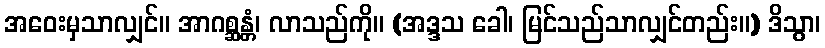
အဝေးမှသာလျှင်။ အာဂစ္ဆန္တံ၊ လာသည်ကို။ (အဒ္ဒသ ခေါ၊ မြင်သည်သာလျှင်တည်း။) ဒိသွာ၊